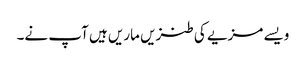
ویسے مزیے کی طنزیں ماریں ہیں آپ نے۔